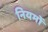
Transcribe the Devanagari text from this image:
नियमों